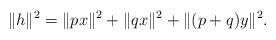
LaTeX: \begin{align*}\|h\|^2 = \|px\|^2 + \|qx\|^2 + \|(p+q)y\|^2 .\end{align*}